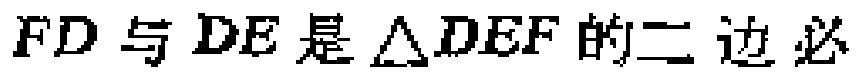
$FD与DE是\triangle DEF的二边必$